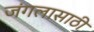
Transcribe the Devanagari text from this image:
जंगलासाठी